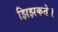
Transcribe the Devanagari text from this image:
झिझकते।